Report on enteric fever
Disease focus: Fever
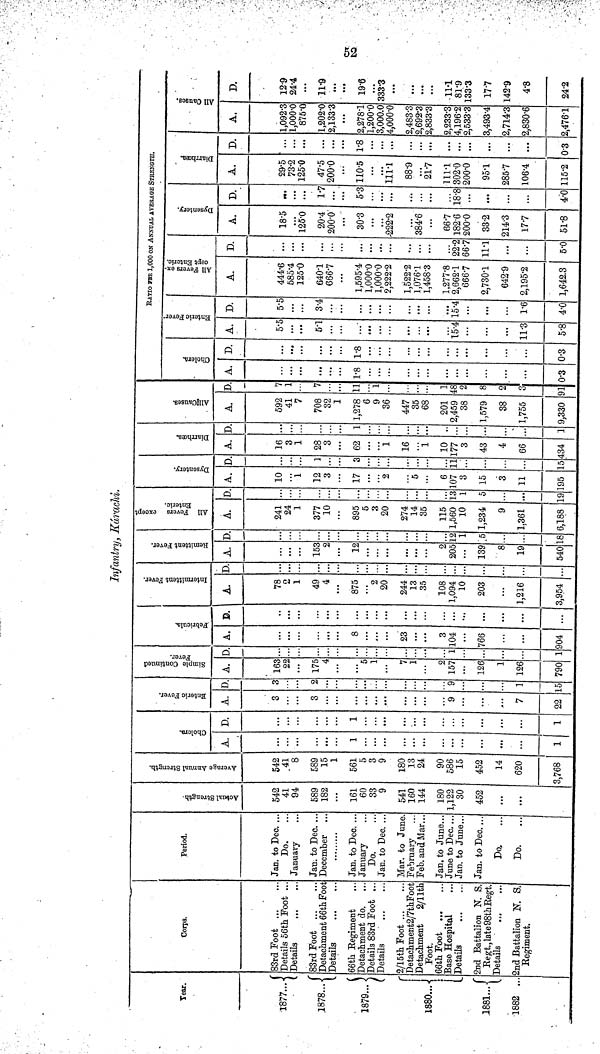
52
Year.
1877...
1878...
1879...
1880...
1881...
1882 ...
Corps.
83rd Foot
Details 56th Foot ...
Details
83rd Foot
Detachment 66th Foot
Details
66th Regiment
Detachment do.
Details 83rd Foot ...
Details
2/15th Foot
Detachment2/7thFoot
Detachment
2/11th
Foot.
66th Foot
Base Hospital
Details
2nd Battalion N. S.
Regt.,late98thEegt.
Details
...
2nd Battalion N. S.
Regiment.
Period.
Jan. to Dec. ...
Do.
January
Jan. to Dec. ..
December
Jan. to Dec. ..
January
Do.
Jan. to Dee. ..
Mar. to June
February
Feb. and Mar..
Jan. to June...
June to Dec....
Jan. to June...
Jan. to Dec....
Do..
...
Do.
Actual Strength
542
41
94
589
182
...
161
60
33
9
541
160
144
180
1,122
30
452
...
Average Annual Strength.
542
41
8
589
15
1
561
5
3
9
180
13
24
90
586
15
452
14
620
3,768
Cholera.
A.
1
...
1
D.
...
1
...
...
1
Enteric Fever .
A.
3
3
9
...
7
22
D.
3
2
9
1
15
Simple Continued
Fever.
A.
163
22
175
4
1
7
1
?
157
126
1
126
790
D.
...
1
1
Febricula.
A.
8
23
3
104
766
904
D.
...
...
...
...
...
...
Infantry, Kárachi.
Intermittent Fever.
A.
78
1
49
4
875
2
20
244
13
35
108
1,094
10
203
1,216
3,954
D.
.•
. .
..
..
..
...
...
Remittent Fever.
A.
...
153
2
12
...
...
...
...
...
2
205
...
139
H
19
540
D.
...
..
...
...
..
...
...
12
1
5
18
All Fevers except Enteric.
A.
241
24
1
377
10
895
5
3
20
274
14
35
115
1,560
10
1,234
9
1,361
6,188
D.
...
13
i
...
19
Dysentery.
A.
10
1
12
3
17
2
...
5
6
107
3
15
3
11
195
D.
...
1
...
3
...
11
...
15
Diarrhœa.
A.
16
3
1
28
3
62
1
16
1
10
m 3
43
4
66
434
D.
...
1
...
...
1
All Causes.
A.
592
41
7
708
32
1
1,278
6
9
36
447
35
68
201
2,459
38
1,579
38
1,755
9,330
D.
7
1
11
1
1
48
2
8
2
3
91
Cholera.
A.
...
1.8
...
...
0.3
D.
...
1.8
...
...
0.3
RATIO PER 1,000 ON ANNUAL AVERAGE STRENGTH.
Enteric Fever
A.
5.5
5.1
...
15.4
11.3
5.8
D.
5.5
3.4
...
15.4
1.6
4.0
All Fevers except Enteric.
A.
444.6
585.4
125.0
640.1
666.7
1,595.4
1,000.0
1,000.0
2,222.2
1,522.2
1,076.1
1,458.3
1,277.8
2,662.1
6667
2,730.1
642.9
2,195.2
1,642.3
D.
...
...
...
...
...
...
...
...
...
22.2
66.7
11.1
...
. . .
5.0
Dysentery.
A.
18.5
...
125.0
20.4
200.0
30.3
222.2
...
384.6
...
66.7
182.6
200.0
33.2
214.3
17.7
51.8
D.
...
...
...
1.7
...
5.3
...
...
...
18.8
...
...
...
4.0
Diarrhœa.
A.
29.5
73.2
125.0
47.5
200.0
110.5
111.1
88.9
...
21.7
111.1
302.0
200.0
95.1
285.7
106.4
115.2
D.
...
...
...
...
1.8
...
...
...
...
...
...
...
...
...
...
0.3
All Causes.
A.
1,092.3
1,000.0
875.0
1,202.0
2,133.3
2,278.1
1,200.0
3,000.0
4,000.0
2,483.3
2,692.3
2,833.3
2,233.3
4,196.2
2,533.3
3,493.4
2,714.3
2,830.6
2,476.1
D.
12.9
24*4
...
11.9
...
19.6
...
333.3
...
...
...
...
11.1
81.9
133.3
17.7
142.9
4.8
24.2